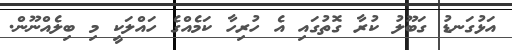
އަޅުގަނޑު ގަބޫލު ކުރާ ގޮތުގައި އެ ހުރިހާ ކަމެއްގެ ހައްލަކީ މި ބިލެއްނޫން.